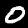
Digit: 0